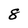
Character: 8